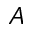
\boldsymbol { A }